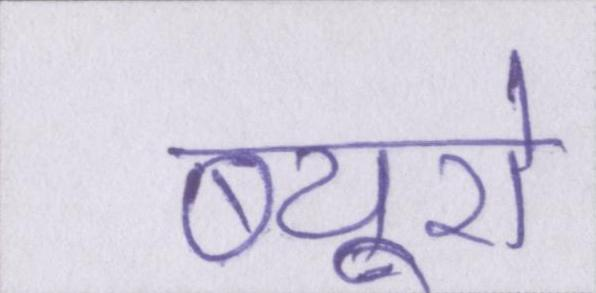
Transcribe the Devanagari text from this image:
ब्यूरो